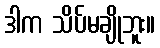
ဒါက သိပ်မချိုဘူး။